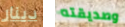
دينار وصديقته